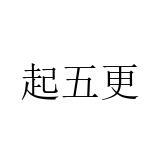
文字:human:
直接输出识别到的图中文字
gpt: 起五更